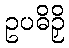
ဥပဓိဉှိ